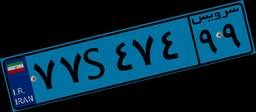
۷۷S۴۷۴۹۹